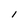
Character: 1